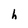
Character: h